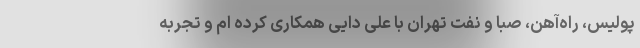
پولیس، راه‌آهن، صبا و نفت تهران با علی دایی همکاری کرده ام و تجربه